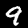
Label: 9